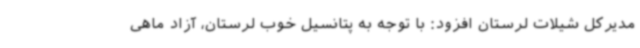
مدیرکل شیلات لرستان افزود: با توجه به پتانسیل خوب لرستان، آزاد ماهی